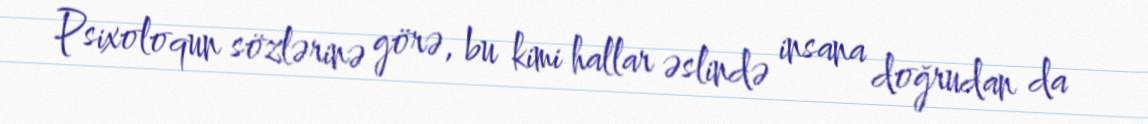
Psixoloqun sözlərinə görə, bu kimi hallar əslində insana doğrudan da